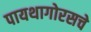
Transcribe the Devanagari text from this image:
पायथागोरसचे